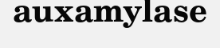
auxamylase